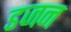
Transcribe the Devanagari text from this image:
डजन